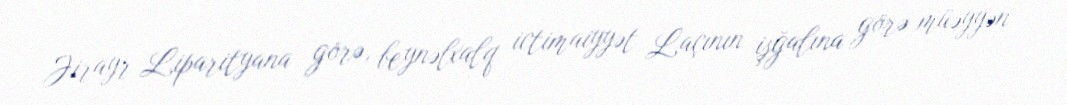
Jirayr Liparityana görə, beynəlxalq ictimaiyyət Laçının işğalına görə müəyyən